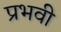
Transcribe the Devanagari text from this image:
प्रभवी